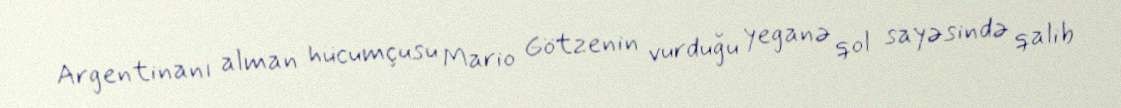
Argentinanı alman hücumçusu Mario Götzenin vurduğu yeganə qol sayəsində qalib